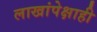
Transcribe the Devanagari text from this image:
लाखांपेक्षाही